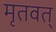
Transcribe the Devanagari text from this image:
मृतवत्‌